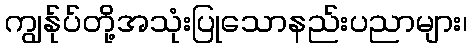
ကျွန်ုပ်တို့အသုံးပြုသောနည်းပညာများ၊